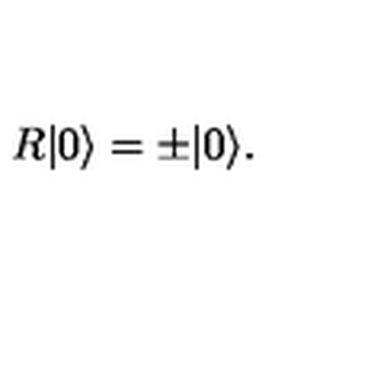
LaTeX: R | 0 \rangle = \pm | 0 \rangle .